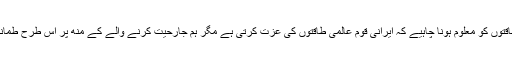
آیت اللہ خامنہ ای نے کہا کہ ’عالمی طاقتوں کو معلوم ہونا چاہیے کہ ایرانی قوم عالمی طاقتوں کی عزت کرتی ہے مگر ہم جارحیت کرنے والے کے منھ پر اس طرح طمانچہ ماریں گے وہ کبھی نہیں بھولے گا۔